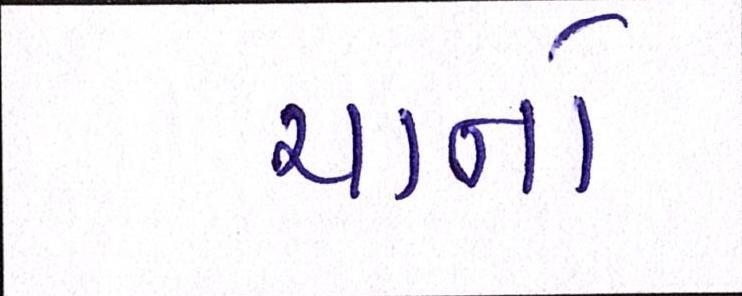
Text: ચાનો